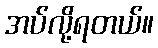
အပ်လို့ရတယ်။